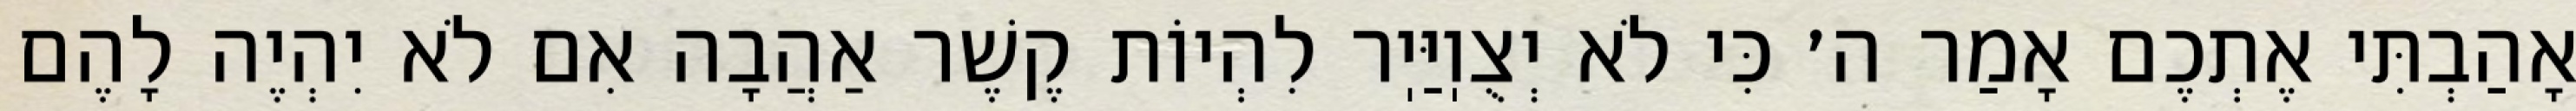
אָהַבְתִּי אֶתְכֶם אָמַר ה׳ כִּי לֹא יְצֻוֽיַּיֽר לִהְיוֹת קֶשֶׁר אַהֲבָה אִם לֹא יִהְיֶה לָהֶם